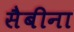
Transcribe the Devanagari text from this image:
सैबीना